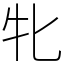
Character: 牝